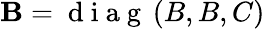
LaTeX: \textbf{B}=\mathrm{~d~i~a~g~}\left(B,B,C\right)